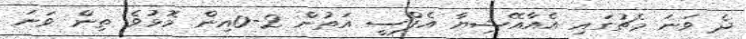
ދެ ވަނަ މެޗުގައި އެއާއޭޝިޔާ އެފްސީ އަތުން 2-0އިން މޮޅުވެ ތިން ވަނަ